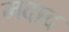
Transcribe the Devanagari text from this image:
मदाद